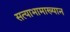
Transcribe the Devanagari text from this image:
सत्याभामाख्यान